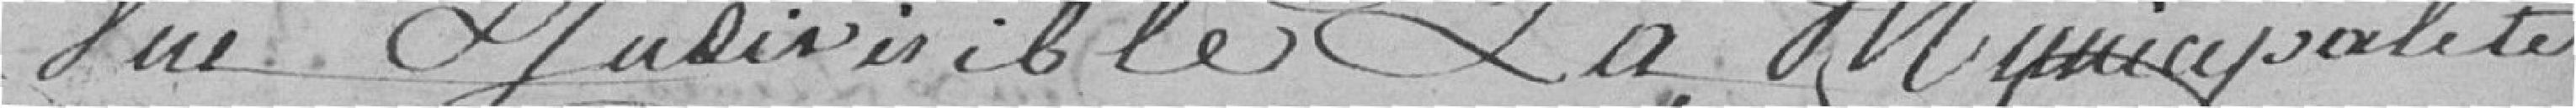
Vue judivisible la Municipalité